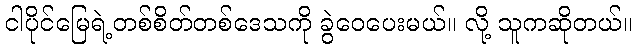
ငါပိုင်မြေရဲ့တစ်စိတ်တစ်ဒေသကို ခွဲဝေပေးမယ်။ လို့ သူကဆိုတယ်။